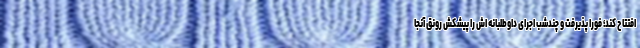
افتتاح کند؛ فورا پذیرفت و چندشب اجرای داوطلبانه اش را پیشکش رونق آنجا